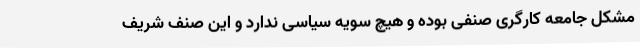
مشکل جامعه کارگری صنفی بوده و هیچ سویه سیاسی ندارد و این صنف شریف